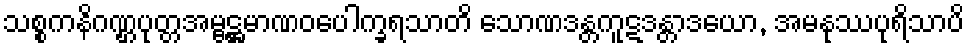
သစ္စကနိဂဏ္ဌပုတ္တအမ္ဗဋ္ဌမာဏဝပေါက္ခရသာတိ သောဏဒန္တကူဋဒန္တာဒယော, အမနုဿပုရိသာပိ